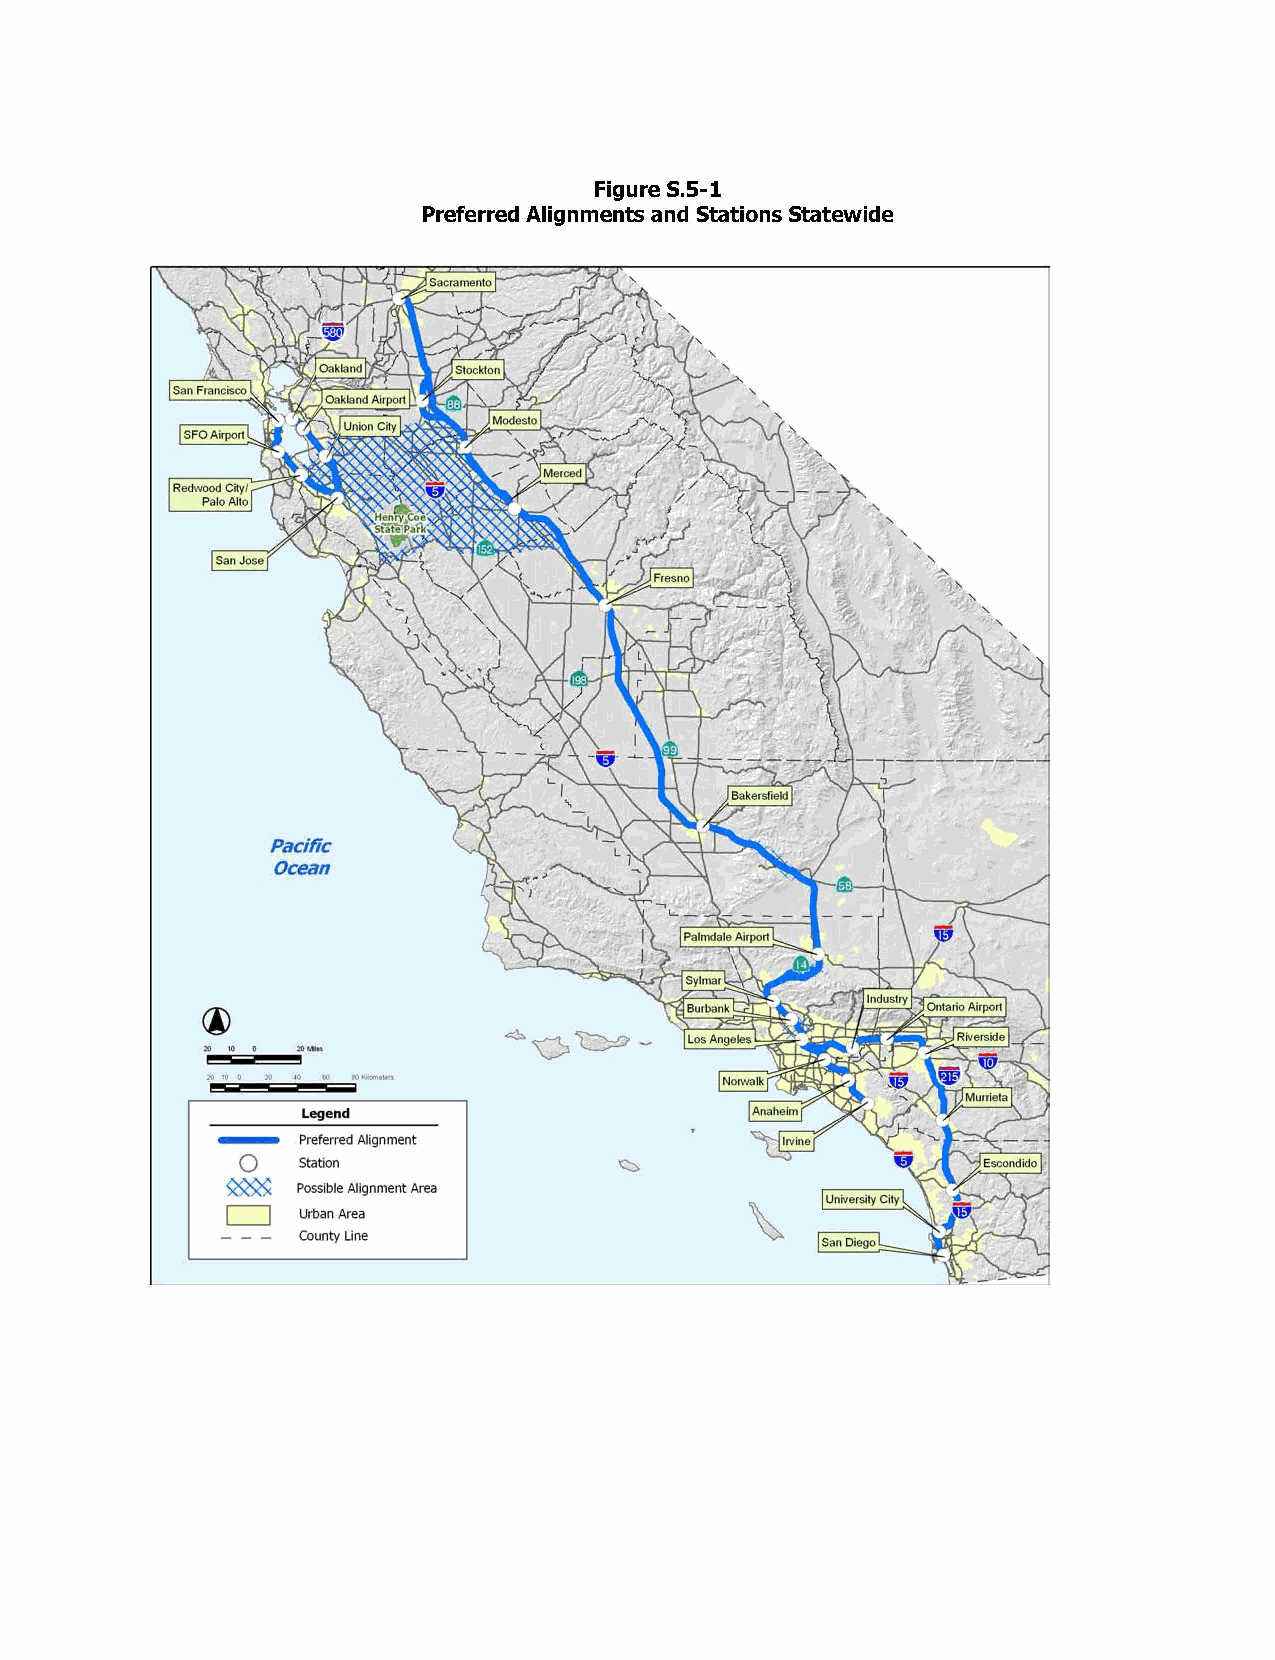
Figure S.S-1
 Preferred Alignments and Stations Statewide
 '
 '
 '
 Pacific
 Ocean
 "
 IOtu~c~r~~1....
 -
 Legend
 Preferred Alignment
 0   Station
 ~    Possible Alignment Area
 CJ   Urban Area
 County Une